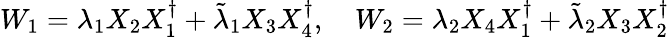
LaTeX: W_{1}=\lambda_{1}X_{2}X_{1}^{\dagger}+\tilde{\lambda}_{1}X_{3}X_{4}^{\dagger},\quad W_{2}=\lambda_{2}X_{4}X_{1}^{\dagger}+\tilde{\lambda}_{2}X_{3}X_{2}^{\dagger}